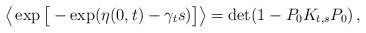
LaTeX: \begin{align*}\big\langle \exp{\big[-\exp(\eta(0,t) - \gamma_t s )\big]} \big\rangle =\det (1 - P_0K_{t,s}P_0)\,,\end{align*}